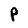
Character: P